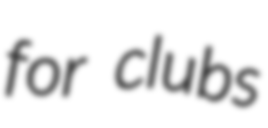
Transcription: for clubs